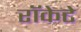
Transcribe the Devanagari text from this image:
रॉकेटे